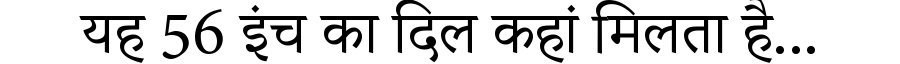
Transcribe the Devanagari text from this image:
यह 56 इंच का दिल कहां मिलता है...